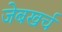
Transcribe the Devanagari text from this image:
जेबखर्च